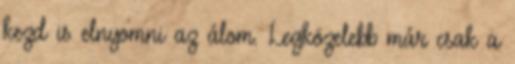
kezd is elnyomni az álom. Legközelebb már csak a